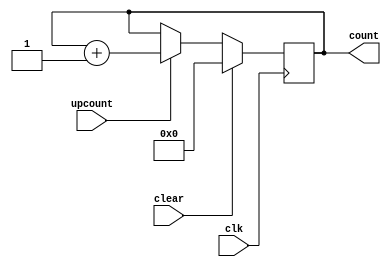
`define BIT_SIZE [7:0]
module COUNTER (count, clear, upcount, clk);
	output reg `BIT_SIZE count;
	input clear, upcount, clk;
	
	always@(posedge clk) begin
		if (clear)
			count<=0;
		else if(upcount)
			count<=count+1;
	end
endmodule